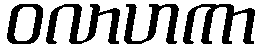
ဝလာဟကာ